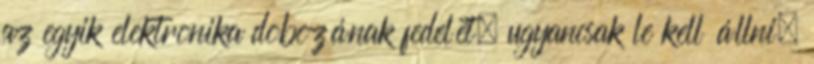
az egyik elektronika dobozának fedelét, ugyancsak le kell állni,